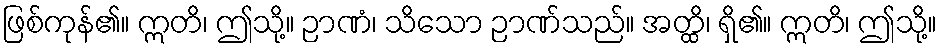
ဖြစ်ကုန်၏။ ဣတိ၊ ဤသို့။ ဉာဏံ၊ သိသော ဉာဏ်သည်။ အတ္ထိ၊ ရှိ၏။ ဣတိ၊ ဤသို့။